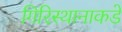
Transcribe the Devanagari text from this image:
गिरिस्थानाकडे